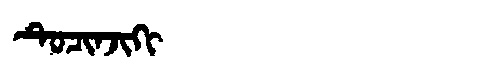
Manchu: ᡨᡠᠴᡳᠨᠵᡳᡴᡳ
Romanization: TUCINJIKI